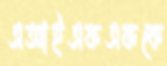
এআইএফএফকে